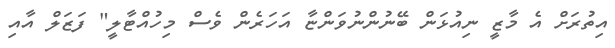
އިތުރަށް އެ މާޒީ ނިއުޅަން ބޭނުންނުވަންޏާ އަހަރެން ވެސް މިހުއްޓާލީ" ފަޒަލް އާއި